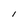
Character: l